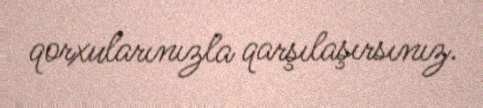
qorxularınızla qarşılaşırsınız.